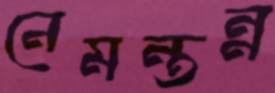
নেমন্তন্ন